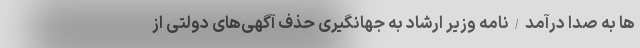
ها به صدا درآمد/نامه وزیر ارشاد به جهانگیری حذف آگهی‌های دولتی از